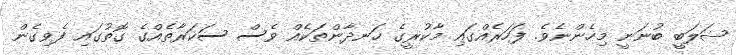
ޝަލަބީ ބުނަނީ މިހެންނެވެ. ފަހަރެއްގައި މާކުރީގެ ހަނދާންތަކެއް ވެސް ސަކަރާތެއްގެ ގޮތުގައި ފެވިގެން